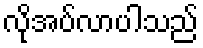
လိုအပ်လာပါသည်